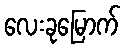
လေးခုမြောက်